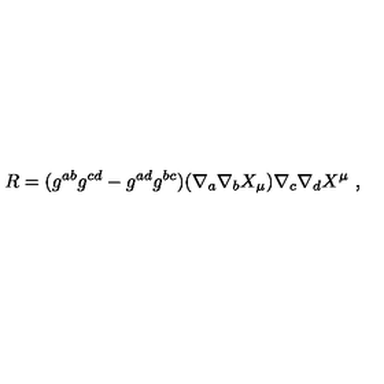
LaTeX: R = ( g ^ { a b } g ^ { c d } - g ^ { a d } g ^ { b c } ) ( \nabla _ { a } \nabla _ { b } X _ { \mu } ) \nabla _ { c } \nabla _ { d } X ^ { \mu } \ ,